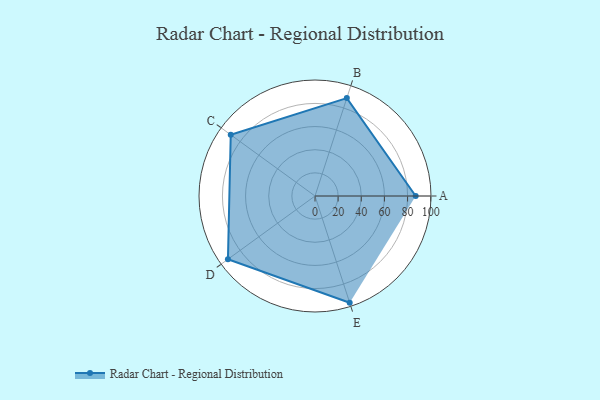
{"axis": {"x": "Skill", "y": "Score"}, "legend": ["Profile"], "data": [{"x": "A", "y": 87.0, "type": "Profile"}, {"x": "B", "y": 89.0, "type": "Profile"}, {"x": "C", "y": 90.0, "type": "Profile"}, {"x": "D", "y": 93.0, "type": "Profile"}, {"x": "E", "y": 97.0, "type": "Profile"}]}